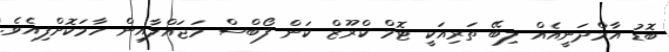
ބޮޑު އާމްދަނީއެއް ލިބޭ ތަރިއަކީ ޓޮމް ކްރޫޒް ކަން ފޯބްސް މަޖައްލާއިން ހާމަކޮށްފިއެވެ.